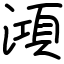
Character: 澒